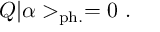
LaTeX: Q | \alpha > _ { \mathrm { p h . } } = 0 ~ .